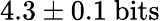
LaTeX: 4.3\pm 0.1~\mathrm{bits}